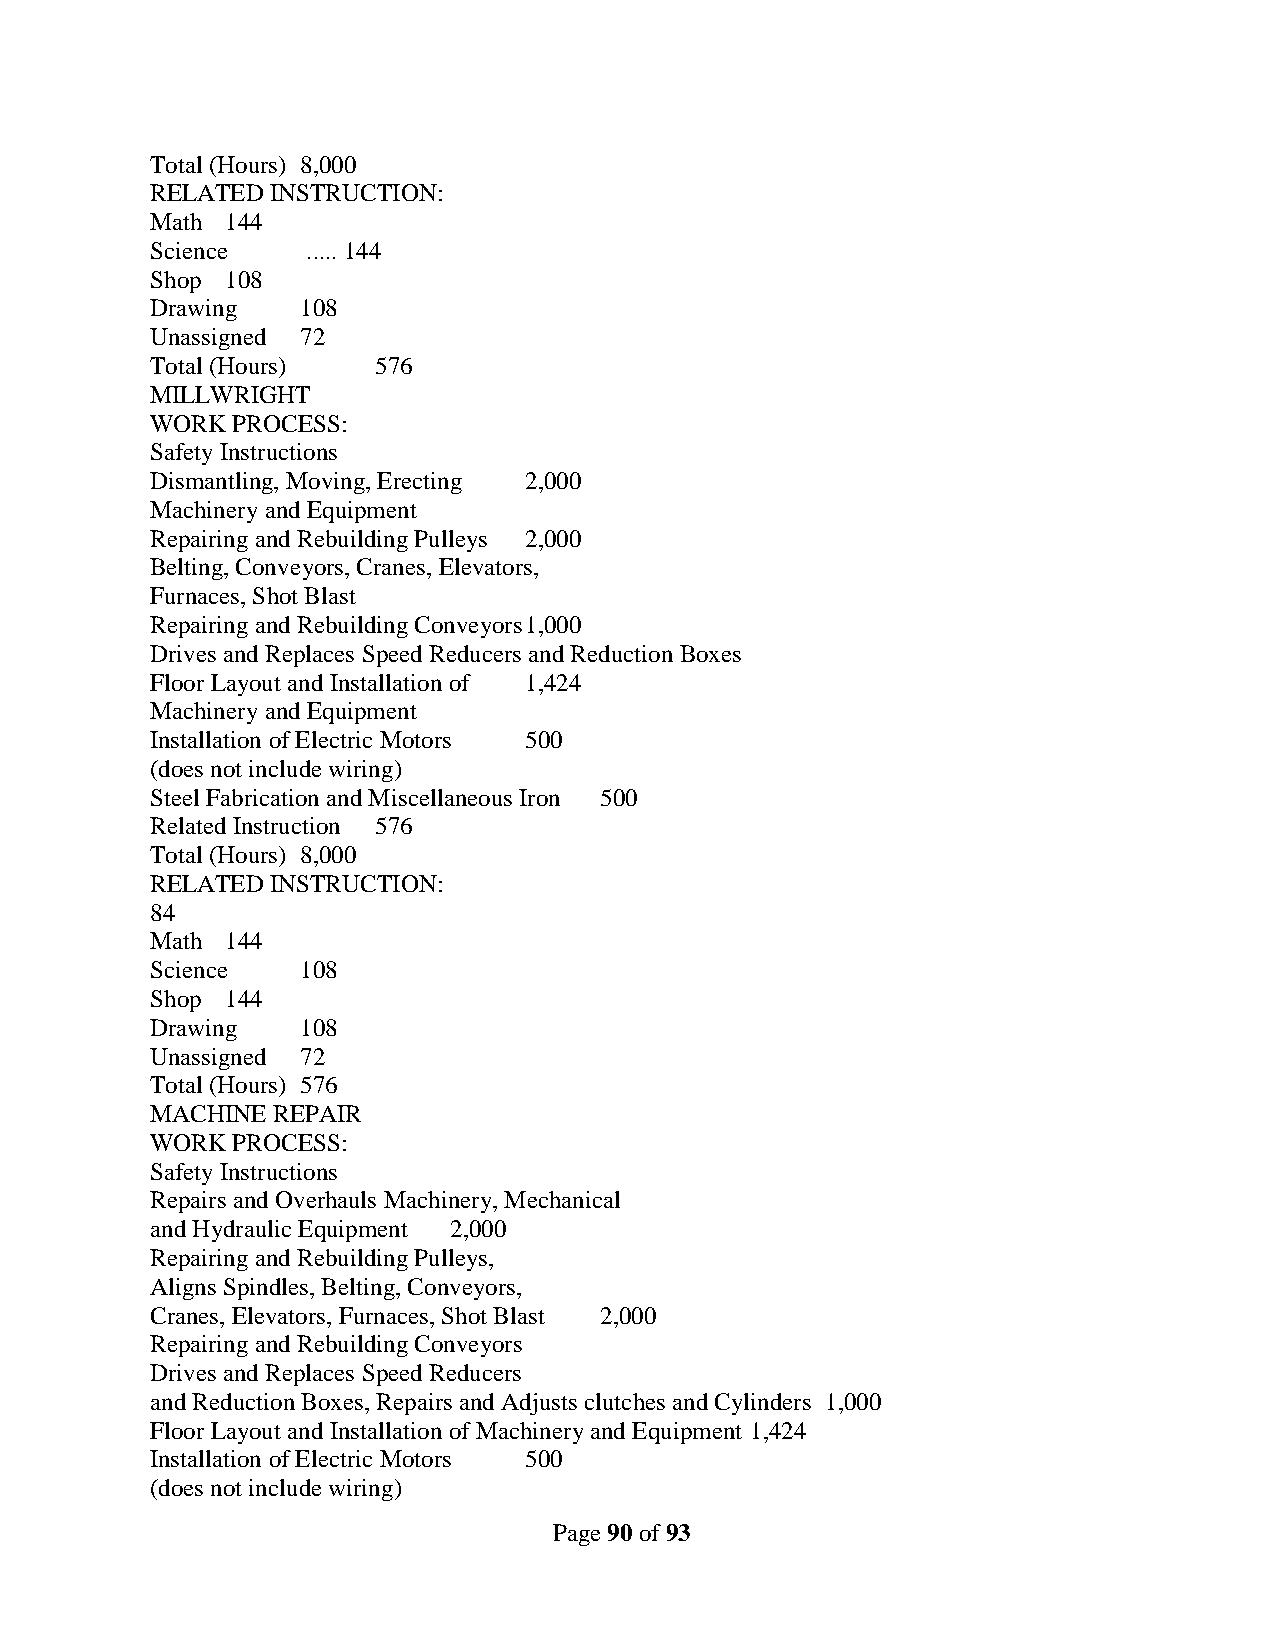
Total (Hours) 8,000
 RELATED INSTRUCTION:
 Math 144
 Science   ..... 144
 Shop 108
 Drawing   108
 Unassigned 72
 Total (Hours)  576
 MILLWRIGHT
 WORK PROCESS:
 Safety Instructions
 Dismantling, Moving, Erecting 2,000
 Machinery and Equipment
 Repairing and Rebuilding Pulleys 2,000
 Belting, Conveyors, Cranes, Elevators,
 Furnaces, Shot Blast
 Repairing and Rebuilding Conveyors 1,000
 Drives and Replaces Speed Reducers and Reduction Boxes
 Floor Layout and Installation of 1,424
 Machinery and Equipment
 Installation of Electric Motors 500
 (does not include wiring)
 Steel Fabrication and Miscellaneous Iron 500
 Related Instruction 576
 Total (Hours) 8,000
 RELATED INSTRUCTION:
 84
 Math 144
 Science   108
 Shop 144
 Drawing   108
 Unassigned 72
 Total (Hours) 576
 MACHINE REPAIR
 WORK PROCESS:
 Safety Instructions
 Repairs and Overhauls Machinery, Mechanical
 and Hydraulic Equipment 2,000
 Repairing and Rebuilding Pulleys,
 Aligns Spindles, Belting, Conveyors,
 Cranes, Elevators, Furnaces, Shot Blast 2,000
 Repairing and Rebuilding Conveyors
 Drives and Replaces Speed Reducers
 and Reduction Boxes, Repairs and Adjusts clutches and Cylinders 1,000
 Floor Layout and Installation of Machinery and Equipment 1,424
 Installation of Electric Motors 500
 (does not include wiring)
 Page 90 of 93